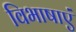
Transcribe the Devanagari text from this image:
विभाषाएं